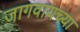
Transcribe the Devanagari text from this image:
जागवायच्या